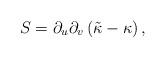
LaTeX: \begin{align*}S = \partial_u \partial_v \left( \tilde{\kappa} -\kappa \right) ,\end{align*}